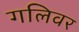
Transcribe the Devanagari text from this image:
गलिवर